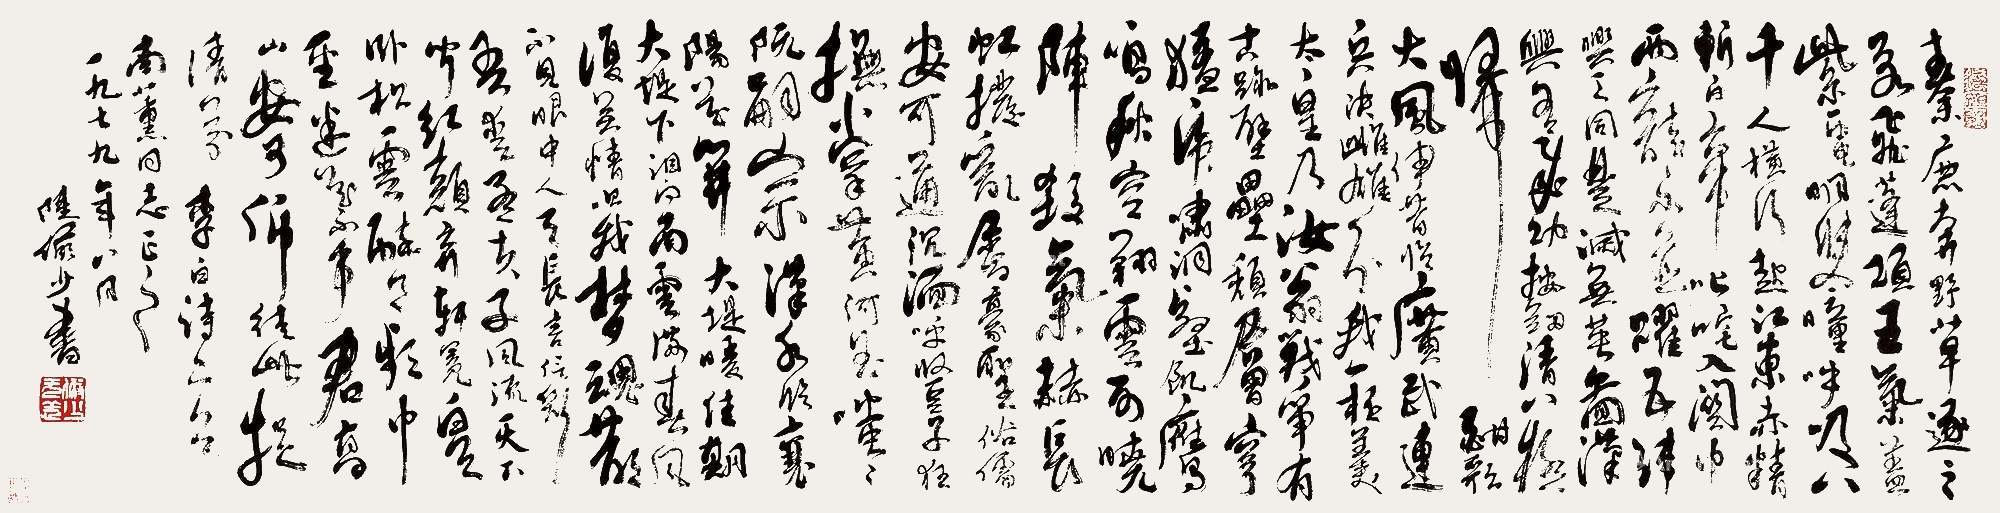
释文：秦鹿奔野草，逐之若飞蓬。项王气盖，紫电明双瞳。呼吸八千人，横行起江东。赤精斩白帝，叱咤入关中。两龙不并跃，五纬与天同。楚灭无英图，汉兴有成功。按剑清八极，归酣歌大风。伊昔临广武，连兵决雌雄。分我一杯羹，太皇乃汝翁。战争有古迹，壁垒颓层穹。猛虎啸洞壑，饥鹰鸣秋空。翔云列晓阵，杀气赫长虹。拨乱属豪圣，俗儒安可通。沉湎呼竖子，狂。抚掌黄河曲，嗤嗤阮嗣宗。汉水临襄阳，花开大堤暖。佳期大堤下，泪向南云满。春风复无情，吹我梦魂散。不见眼中人，天长音信断。吾爱孟夫子，风流天下闻。红颜弃轩冕，白首卧松云。醉月频中圣，迷花不事君。高山安可仰，徒此揖清芬。南熏同志正之，一九七九年八月，陆俨少书。